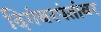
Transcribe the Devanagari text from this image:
दिगंबरपंतांवर